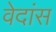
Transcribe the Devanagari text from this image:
वेदांस